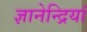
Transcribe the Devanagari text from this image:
ज्ञानेन्द्रियां